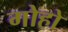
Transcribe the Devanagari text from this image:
गोहो